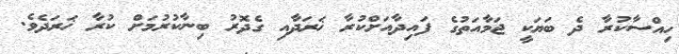
ހިއްސާކުރާ ދެ ބަޔަކީ ޖަމާއަތުގެ ފައިދާއަށްކުރާ ޚަރަދާއި ގެދޮރު ބިނާކުރުމަށް ކުރާ ޚަރަދެވެ.